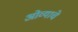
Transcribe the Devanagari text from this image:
ओव्याचे